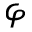
\varphi